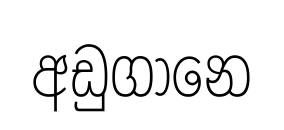
අඩුගානෙ